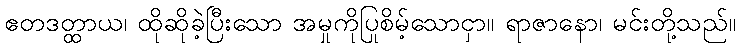
ဧတဒတ္ထာယ၊ ထိုဆိုခဲ့ပြီးသော အမှုကိုပြုစိမ့်သောငှာ။ ရာဇာနော၊ မင်းတို့သည်။